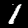
Label: 1